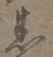
悉